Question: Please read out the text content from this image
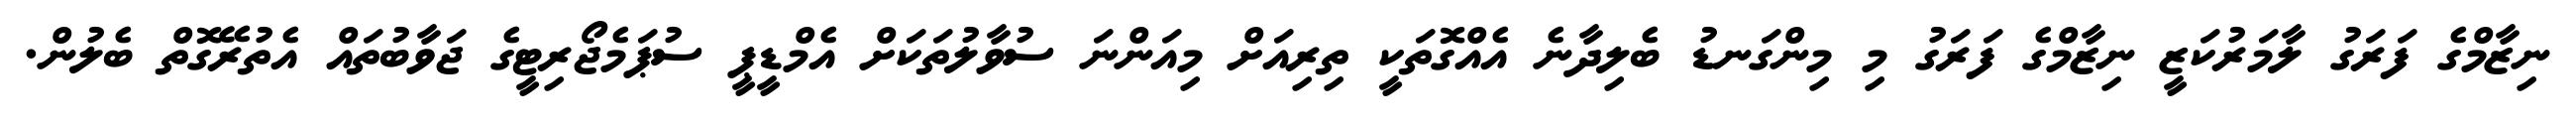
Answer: ނިޒާމްގެ ފަރަގު ލާމަރުކަޒީ ނިޒާމްގެ ފަރަގު މި މިންގަނޑު ބެލިދާނެ އެއްގޮތަކީ ތިރިއަށް މިއަންނަ ސުވާލުތަކަށް އެމްޑީޕީ ސުޕަމެޖޯރިޓީގެ ޖަވާބުތައް އެތުރޭގޮތް ބެލުން.